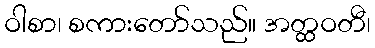
ဝါစာ၊ စကားတော်သည်။ အတ္ထဝတီ၊